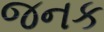
જનક